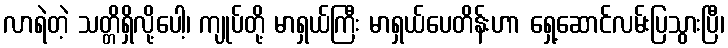
လာရဲတဲ့ သတ္တိရှိလို့ပေါ့၊ ကျုပ်တို့ မာရှယ်ကြီး မာရှယ်ပေတိန်းဟာ ရှေ့ဆောင်လမ်းပြသွားပြီ၊